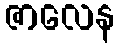
ဇာလေန